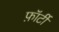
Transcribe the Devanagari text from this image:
फ़ॉर्टी